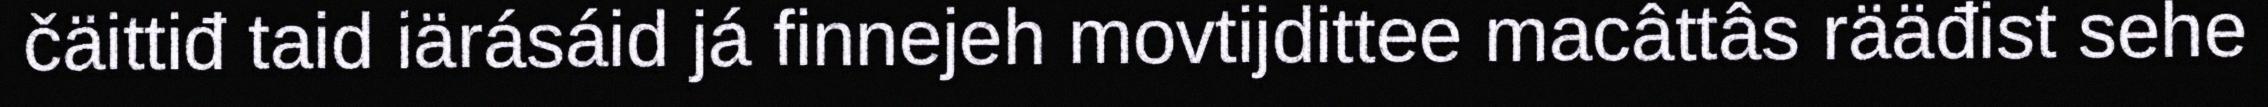
čäittiđ taid iärásáid já finnejeh movtijdittee macâttâs rääđist sehe